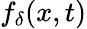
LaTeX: f_{\delta}(x,t)